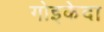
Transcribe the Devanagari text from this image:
गोइकेदा